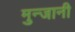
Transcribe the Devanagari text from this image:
मुन्जानी